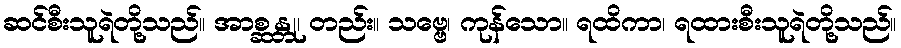
ဆင်စီးသူရဲတို့သည်။ အာစ္ဆန္တု၊ တည်း။ သဗ္ဗေ၊ ကုန်သော။ ရထိကာ၊ ရထားစီးသူရဲတို့သည်။